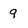
Character: 9